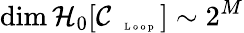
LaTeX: \dim\mathcal{H}_{0}[\mathcal{C}_{\mathrm{~\tiny~\textnormal~{~L~o~o~p~}~}}]\sim 2^{M}